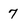
Character: 7